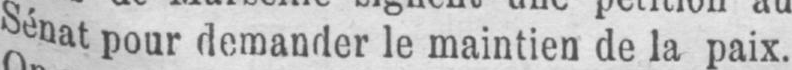
Sénat pour demander le maintien de la paix.